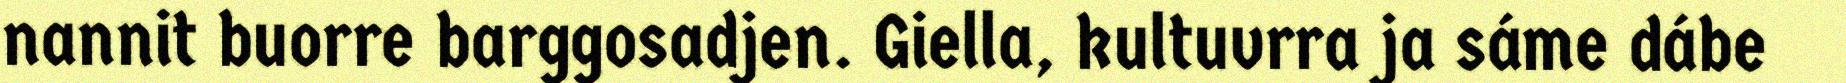
nannit buorre barggosadjen. Giella, kultuvrra ja sáme dábe